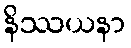
နိဿယနာ